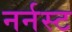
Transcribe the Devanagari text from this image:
नर्नस्ट